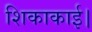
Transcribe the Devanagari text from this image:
शिकाकाई।